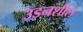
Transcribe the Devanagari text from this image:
उडनशील